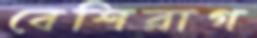
বেশিরাগ